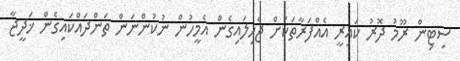
ސިޓިން ރޫމު ދޮރު ކައިރީ އެއްފަރާތަކަށް ޖެހިލައިގެން އެމީހުން ނުކުންނަން ތަންދައްކައިގެން ޚަދީޖާ